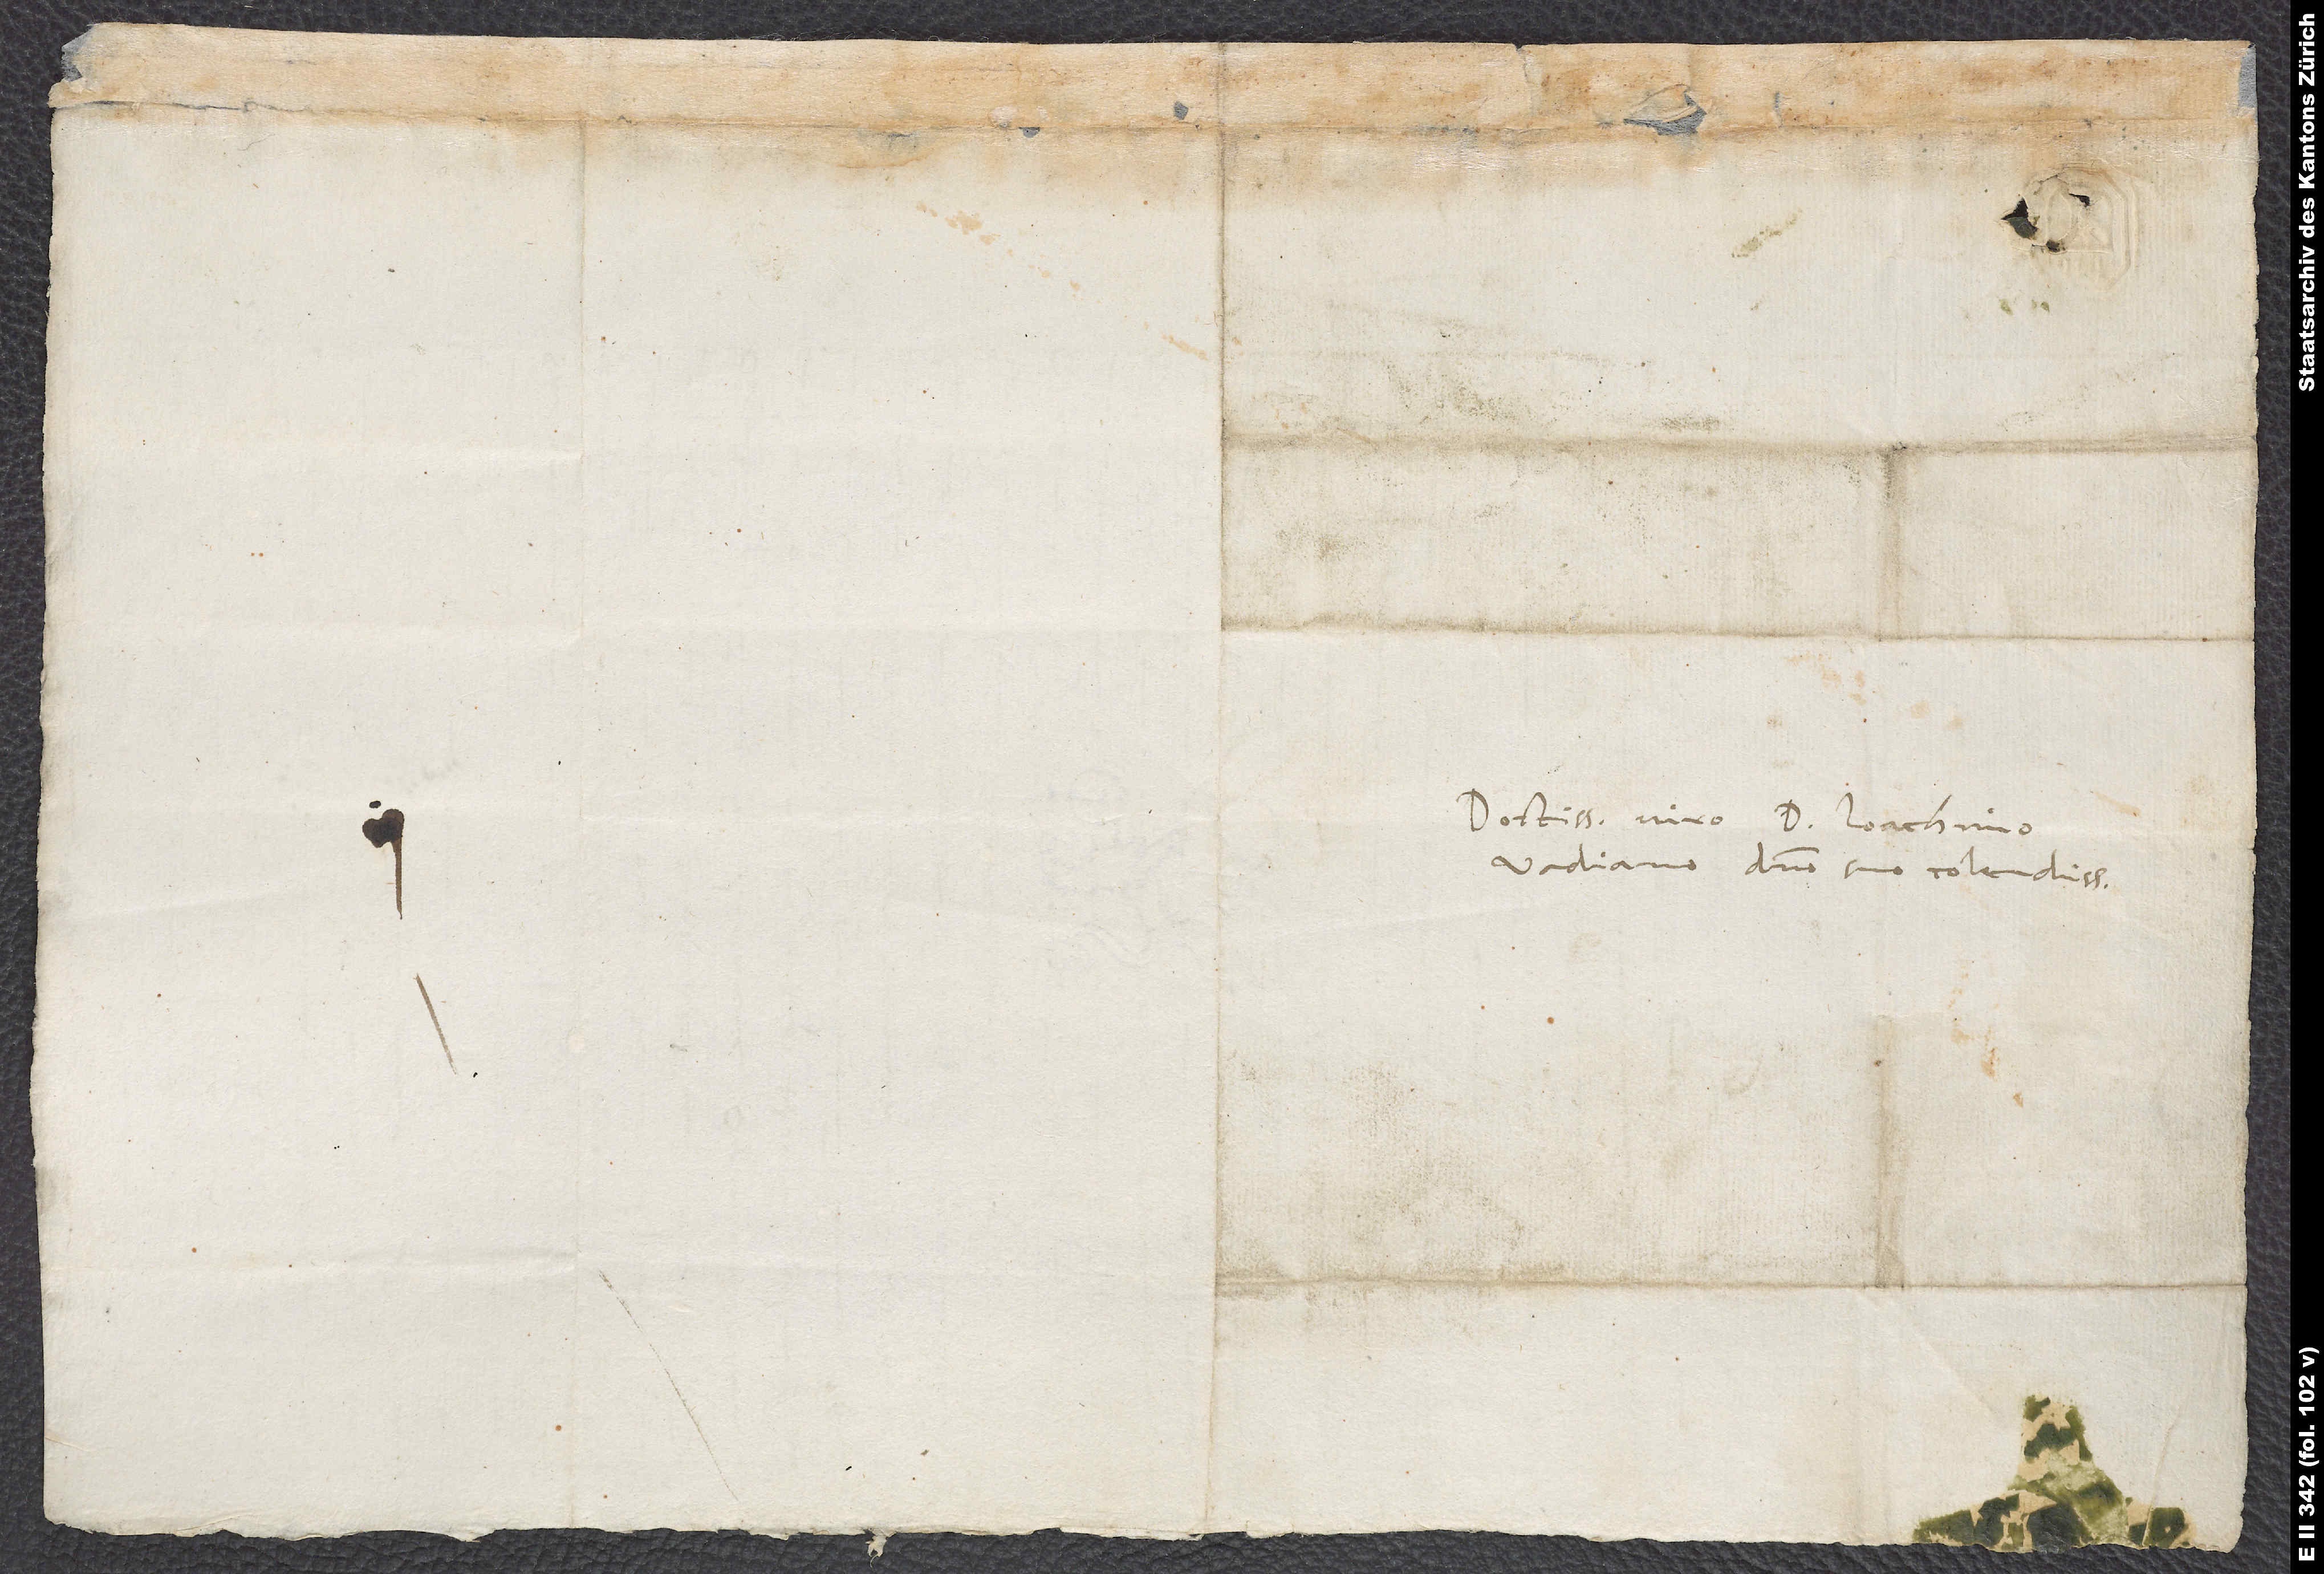
Doctissimo viro D. Ioachimo
Vadiano, domino suo colendissimo.